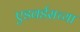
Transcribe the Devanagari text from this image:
एडवर्डसच्या